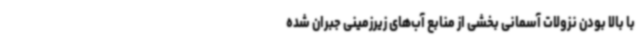
با بالا بودن نزولات آسمانی بخشی از منابع آب‌های زیرزمینی جبران شده